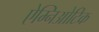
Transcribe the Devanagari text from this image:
ऐम्निओटिक